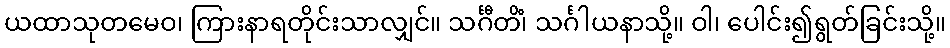
ယထာသုတမေဝ၊ ကြားနာရတိုင်းသာလျှင်။ သင်္ဂီတိံ၊ သင်္ဂါယနာသို့။ ဝါ၊ ပေါင်း၍ရွတ်ခြင်းသို့။